Vaccination in Bombay 1869-1873 - 1869-1873
Year: 1869
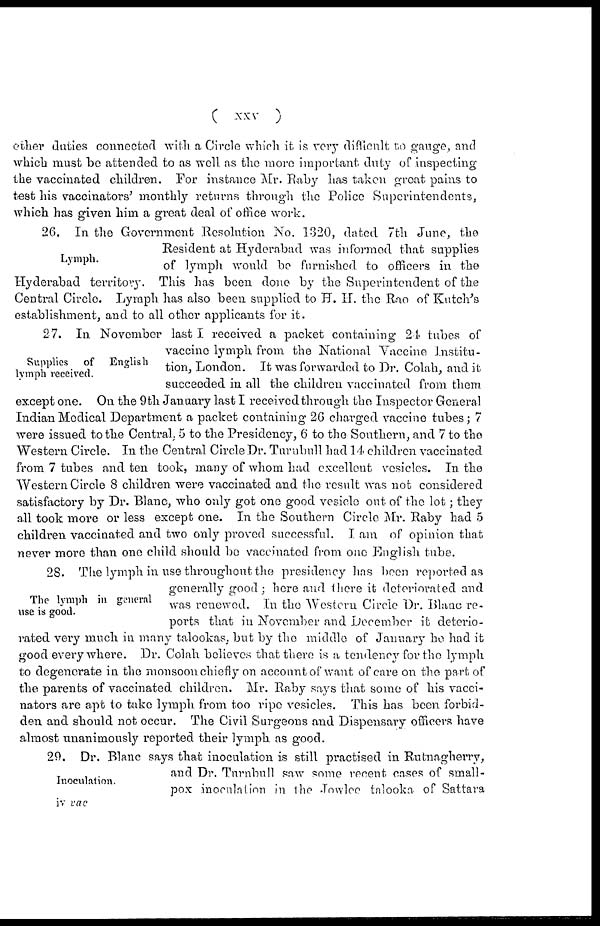
(
xxv
)
other duties connected with a Circle which it is very difficult to gauge, and
which must be attended to as well as the more important duty of inspecting
the vaccinated children. For instance Mr. Raby has taken great pains to
test his vaccinators' monthly returns through the Police Superintendents,
which has given him a great deal of office work.
Lymph.
26. In the Government Resolution No. 1320, dated 7th June, the
Resident at Hyderabad was informed that supplies
of lymph would be furnished to officers in the
Hyderabad territory. This has been done by the Superintendent of the
Central Circle. Lymph has also been supplied to H. H. the Rao of Kutch's
establishment, and to all other applicants for it.
Supplies
of
English
lymph received.
27. In November last I received a packet containing 24 tubes of
vaccine lymph from the National Vaccine Institu-
tion, London. It was forwarded to Dr. Colah, and it
succeeded in all the children vaccinated from them
except one. On the 9th January last I received through the Inspector General
Indian Medical Department a packet containing 26 charged vaccine tubes; 7
were issued to the Central, 5 to the Presidency, 6 to the Southern, and 7 to the
Western Circle. In the Central Circle Dr. Turnbull had 14 children vaccinated
from 7 tubes and ten took, many of whom had excellent vesicles. In the
Western Circle 8 children were vaccinated and the result was not considered
satisfactory by Dr. Blanc, who only got one good vesicle out of the lot; they
all took more or less except one. In the Southern Circle Mr. Raby had 5
children vaccinated and two only proved successful. I am of opinion that
never more than one child should be vaccinated from one English tube.
The lymph in general
use is good.
28. The lymph in use throughout the presidency has been reported as
generally good; here and there it deteriorated and
was renewed. In the Western Circle Dr. Blanc re-
ports that in November and December it deterio-
rated very much in many talookas, but by the middle of January he had it
good every where. Dr. Colah believes that there is a tendency for the lymph
to degenerate in the monsoon chiefly on account of want of care on the part of
the parents of vaccinated children. Mr. Raby says that some of his vacci-
nators are apt to take lymph from too ripe vesicles. This has been forbid-
den and should not occur. The Civil Surgeons and Dispensary officers have
almost unanimously reported their lymph as good.
Inoculation.
29. Dr. Blanc says that inoculation is still practised in Rutnagherry,
and Dr. Turnbull saw some recent cases of small-
pox inoculation in the Jowlee talooka of Sattara
iv vac